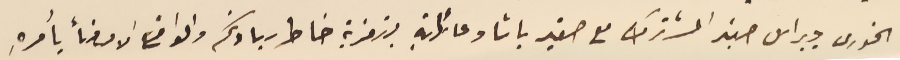
الخورى جبراىل صفير المشترك مع صفير باشا وعائلتهِ بتعزية خاطر سيادتكم والواضع الامضأ بأمرهِ